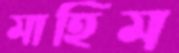
মাহিম